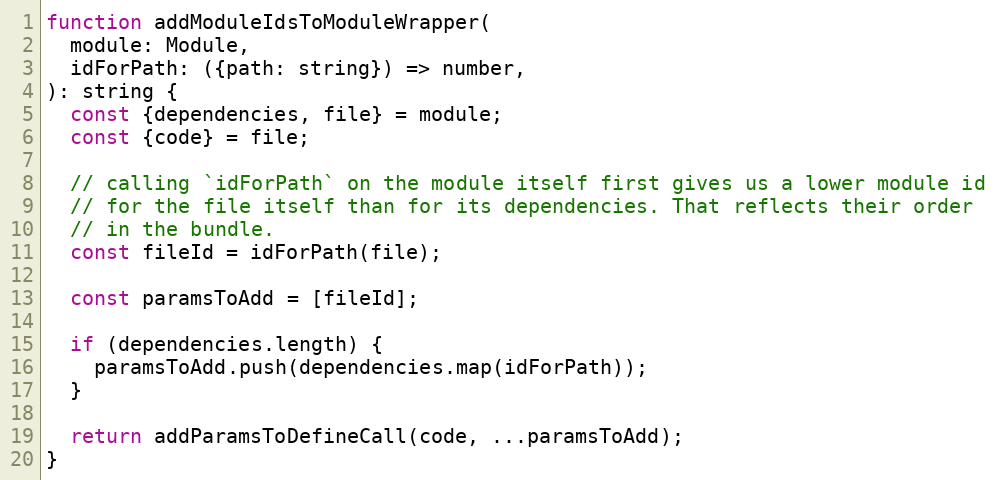
Language: JavaScript
function addModuleIdsToModuleWrapper(
  module: Module,
  idForPath: ({path: string}) => number,
): string {
  const {dependencies, file} = module;
  const {code} = file;

  // calling `idForPath` on the module itself first gives us a lower module id
  // for the file itself than for its dependencies. That reflects their order
  // in the bundle.
  const fileId = idForPath(file);

  const paramsToAdd = [fileId];

  if (dependencies.length) {
    paramsToAdd.push(dependencies.map(idForPath));
  }

  return addParamsToDefineCall(code, ...paramsToAdd);
}